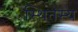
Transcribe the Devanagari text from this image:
स्थितस्य